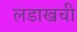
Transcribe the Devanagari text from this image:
लडाखची